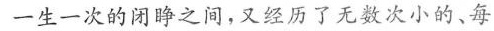
一生一次的闭睁之间，又经历了无数次小的、每